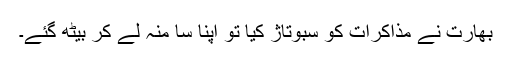
بھارت نے مذاکرات کو سبوتاژ کیا تو اپنا سا منہ لے کر بیٹھ گئے۔